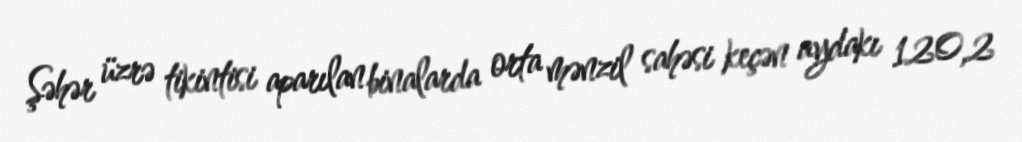
Şəhər üzrə tikintisi aparılan binalarda orta mənzil sahəsi keçən aydakı 120,2